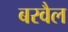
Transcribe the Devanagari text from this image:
बरवैल